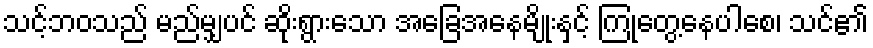
သင့်ဘဝသည် မည်မျှပင် ဆိုးရွားသော အခြေအနေမျိုးနှင့် ကြုံတွေ့နေပါစေ၊ သင်၏